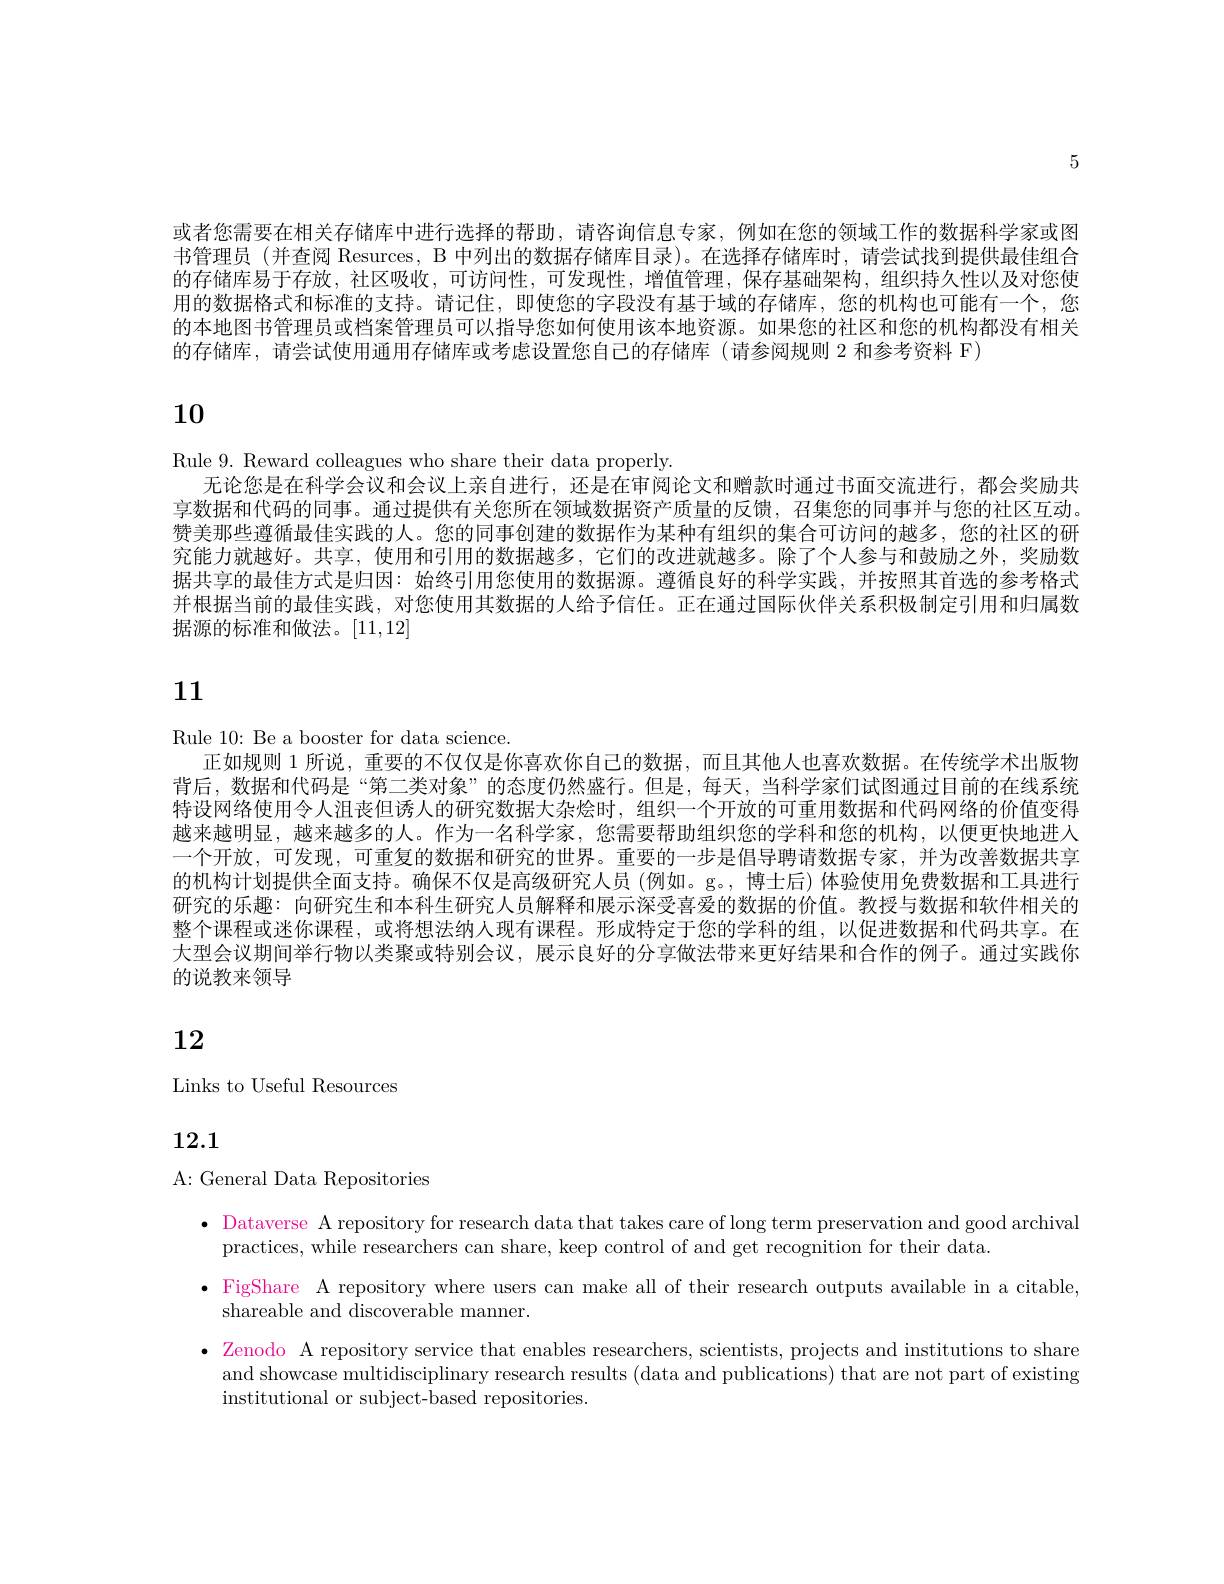
5

或者您需要在相关存储库中进行选择的帮助，请咨询信息专家，例如在您的领域工作的数据科学家或图书管理员 (并查阅 Resurces, B 中列出的数据存储库目录)。在选择存储库时，请尝试找到提供最佳组合的存储库易于存放，社区吸收，可访问性，可发现性，增值管理，保存基础架构，组织持久性以及对您使用的数据格式和标准的支持。请记住，即便您的字段没有基于域的存储库，您的机构也可能有一个，您的本地图书管理员或档案管理员可以指导您如何使用该本地资源。如果您的社区和您的机构都没有相关的存储库，请尝试使用通用存储库或考虑设置您自己的存储库(请参阅规则 2 和参考资料 F)

10

Rule 9. Reward colleagues who share their data properly.
无论您是在科学会议和会议上亲自进行，还是在审阅论文和赠款时通过书面交流进行，都会奖励共享数据和代码的同事。通过提供有关您所在领域数据资产质量的反馈，召集您的同事并与您的社区互动。赞美那些遵循最佳实践的人。您的同事创建的数据作为某种有组织的集合可访问的越多，您的社区的研究能力就越好。共享，使用和引用的数据越多，它们的改进就越多。除了个人参与和鼓励之外，奖励数据共享的最佳方式是归因：始终引用您使用的数据源。遵循良好的科学实践，并按照其首选的参考格式并根据当前的最佳实践，对您使用其数据的人给予信任。正在通过国际伙伴关系积极制定引用和归属数据源的标准和做法。[11,12]

# 11

Rule 10: Be a booster for data science.
正如规则 1 所说，重要的不仅仅是你喜欢你自己的数据，而且其他人也喜欢数据。在传统学术出版物背后，数据和代码是“第二类对象”的态度仍然盛行。但是，每天，当科学家们试图通过目前的在线系统特设网络使用令人沮丧但诱人的研究数据大杂烩时，组织一个开放的可重用数据和代码网络的价值变得越来越明显，越来越多的人。作为一名科学家，您需要帮助组织您的学科和您的机构，以便更快地进入一个开放，可发现，可重复的数据和研究的世界。重要的一步是倡导聘请数据专家，并为改善数据共享的机构计划提供全面支持。确保不仅是高级研究人员 (例如。g。, 博士后) 体验使用免费数据和工具进行岍 究 的 乐 趣 : 向 妌 究 生 和 本 科 生 妌究人员解释和展示深受喜爱的数据的价值。教授与数据和软件相关的整个课程或迷你课程，或将想法纳人现有课程。形成特定于您的学科的组，以促进数据和代码共享。在大型会议期间举行物以类聚或特别会议，展示良好的分享做法带来更好结果和合作的例子。通过实践你的说教来领导

# 12

## Links to Useful Resources

12.1

A: General Data Repositories

· Dataverse A repository for research data that takes care of long term preservation and good archival
practices, while researchers can share, keep control of and get recognition for their data.
·FigShare A repository where users can make all of their research outputs available in a citable
shareable and discoverable manner.
· Zenodo A repository service that enables researchers, scientists, projects and institutions to share
and showcase multidisciplinary research results (data and publications) that are not part of existing
institutional or subject-based repositories